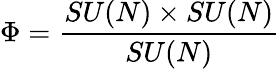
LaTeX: \Phi={\frac{SU(N)\times SU(N)}{SU(N)}}